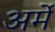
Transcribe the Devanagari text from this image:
अर्मे